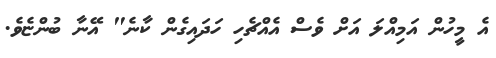
އެ މީހުން އަމިއްލަ އަށް ވެސް އެއްޗެހި ހަދައިގެން ކާނެ" އޭނާ ބުންޏެވެ.